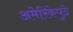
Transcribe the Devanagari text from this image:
अमेरिकेपुढे